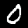
Label: 0